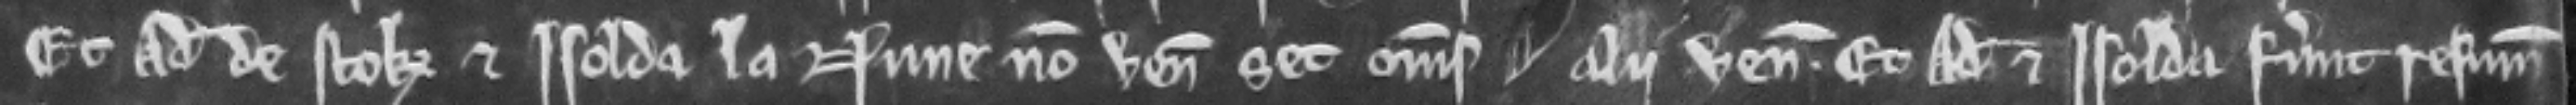
Et Adam de Stok et Isolda la Nune non veniunt. set omnes alii veniunt. Et Adam et Isolda fuerunt resummoniti.